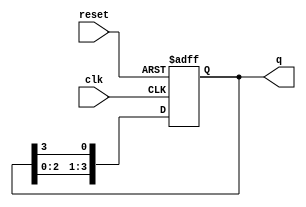
module ring_counter (
    input wire clk,        // Clock input
    input wire reset,      // Reset input
    output reg [N-1:0] q   // Output of the ring counter
);
    parameter N = 4;       // Number of flip-flops (states)

    // Initial state
    initial begin
        q = 1'b1;          // Initialize to 0001 for a 4-bit counter
    end

    // Synchronous process
    always @(posedge clk or posedge reset) begin
        if (reset) begin
            q <= 1'b1;     // Reset to initial state (0001)
        end else begin
            // Shift the '1' to the right
            q <= {q[N-2:0], q[N-1]}; // Rotate the bits
        end
    end
endmodule